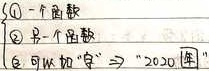
\textcircled{1} 一个函数\textcircled{2} 另一个函数\textcircled{3} 可以加“=” "2020" 年